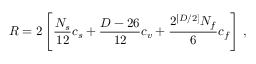
R = 2 \left[ \frac { N _ { s } } { 1 2 } c _ { s } + \frac { D - 2 6 } { 1 2 } c _ { v } + \frac { 2 ^ { [ D / 2 ] } N _ { f } } { 6 } c _ { f } \right] \, ,